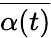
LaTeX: \overline{{\alpha(t)}}